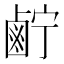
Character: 𱊷